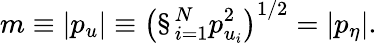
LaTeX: m\equiv|p_{u}|\equiv\left(\S_{i=1}^{N}p_{u_{i}}^{2}\right)^{1/2}=|p_{\eta}|.